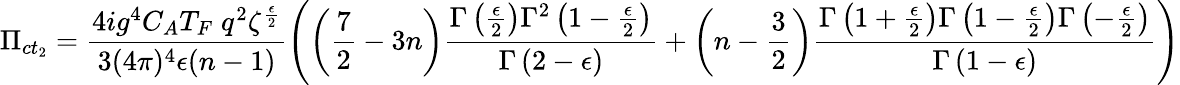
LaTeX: \Pi_{ct_{2}}=\frac{4ig^{4}C_{A}T_{F}\; q^{2}\zeta^{\frac{\epsilon}{2}}}{3(4\pi)^{4}\epsilon(n-1)}\left(\left(\frac{7}{2}-3n\right)\frac{\Gamma\left(\frac{\epsilon}{2}\right)\Gamma^{2}\left(1-\frac{\epsilon}{2}\right)}{\Gamma\left(2-\epsilon\right)}+\left(n-\frac{3}{2}\right)\frac{\Gamma\left(1+\frac{\epsilon}{2}\right)\Gamma\left(1-\frac{\epsilon}{2}\right)\Gamma\left(-\frac{\epsilon}{2}\right)}{\Gamma\left(1-\epsilon\right)}\right)